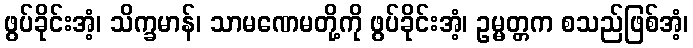
ဖွပ်ခိုင်းအံ့၊ သိက္ခမာန်၊ သာမဏေမတို့ကို ဖွပ်ခိုင်းအံ့၊ ဥမ္မတ္တက စသည်ဖြစ်အံ့၊